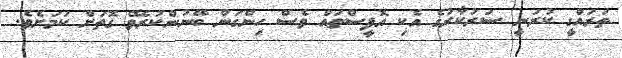
ތަރައްގީ ކުރަނީ ސަރުކާރުގެ އެެކި އޮފީސްތައް ވެސް ހިންގަން ބޭނުންކުރެވޭ ގޮތަށް ކަމަށެވެ.